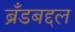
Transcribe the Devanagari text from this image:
ब्रँडबद्दल